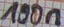
Text: 100n